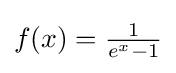
{\textstyle f(x)={\frac {1}{e^{x}-1}}}